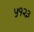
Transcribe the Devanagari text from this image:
५१२३